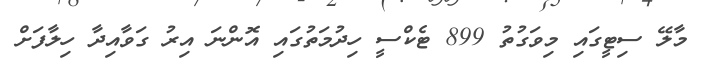
މާލޭ ސިޓީގައި މިވަގުތު 899 ޓެކްސީ ހިދުމަތުގައި އޮންނަ އިރު ގަވާއިދާ ހިލާފަށް